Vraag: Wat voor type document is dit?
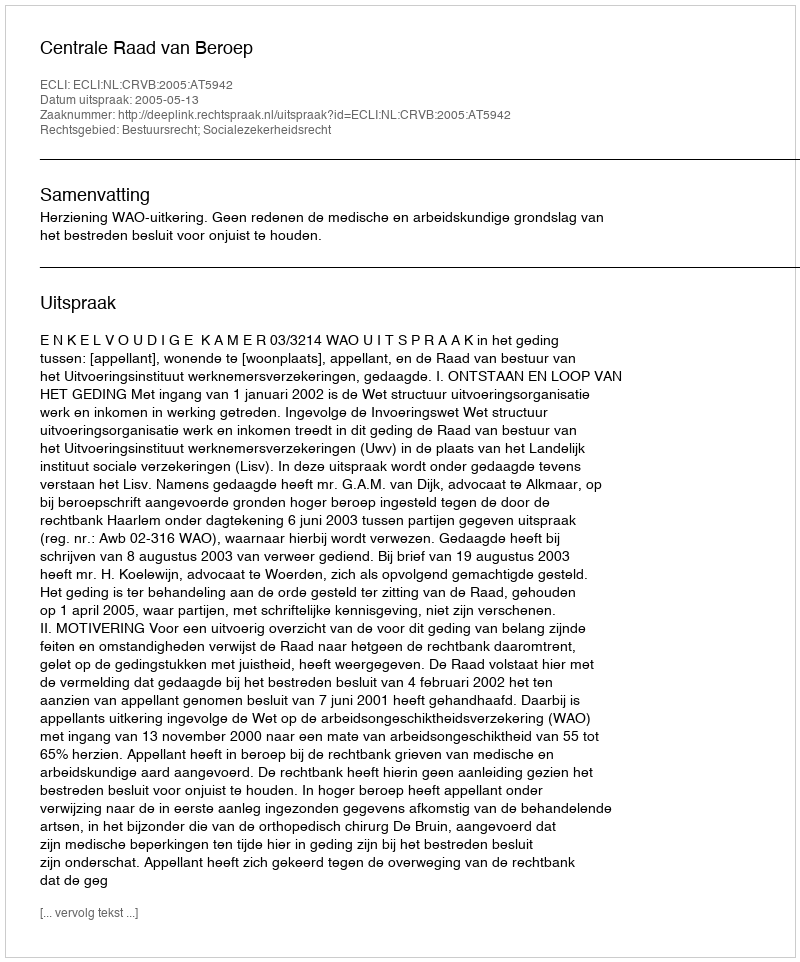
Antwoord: Uitspraak